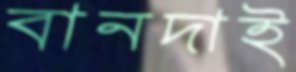
বানদাই